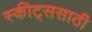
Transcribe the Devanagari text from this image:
स्कीट्ससाठी